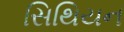
સિથિયન